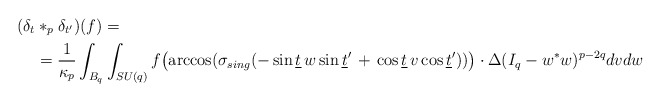
\begin{align*}(\delta_{t}&*_p \delta_{t^\prime})(f)=\\&=\frac{1}{\kappa_p}\int_{B_q}\int_{SU(q)} f\bigl(\arccos(\sigma_{sing}(-\sin\underline t \,w\sin\underline t^\prime \,+\,\cos \underline t\, v \cos \underline t^\prime))\bigr) \cdot\Delta(I_q-w^*w)^{p-2q} dv dw\end{align*}